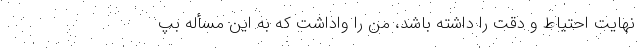
نهایت احتیاط و دقت را داشته باشد، من را واداشت که به این مسأله بپ